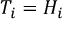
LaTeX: T _ { i } = H _ { i }